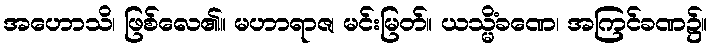
အဟောသိ၊ ဖြစ်လေ၏။ မဟာရာဇ၊ မင်းမြတ်။ ယသ္မိံခဏေ၊ အကြင်ခဏ၌။